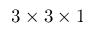
3 \times 3 \times 1